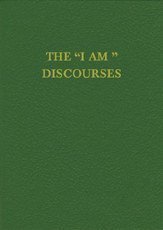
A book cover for The "I Am" Discourses (The Saint Germain Series ; V. 14); Seven Mighty Elohim; Religion & Spirituality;